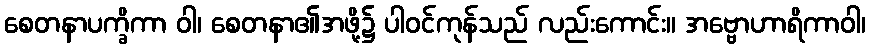
စေတနာပက္ခိကာ ဝါ၊ စေတနာ၏အဖို့၌ ပါဝင်ကုန်သည် လည်းကောင်း။ အဗ္ဗောဟာရိကာဝါ၊